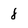
Character: 8